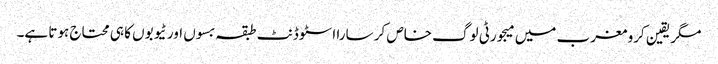
مگر یقین کرو مغرب میں میجورٹی لوگ خاص کر سارا اسٹوڈنٹ طبقہ بسوں اور ٹیوبوں کا ہی محتاج ہوتا ہے۔